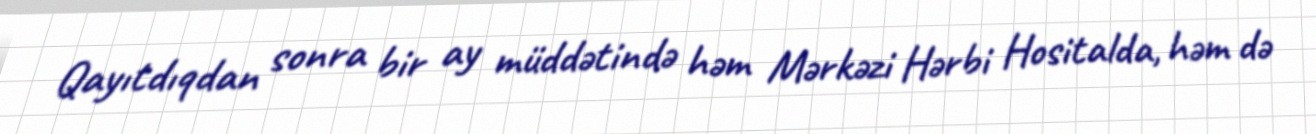
Qayıtdıqdan sonra bir ay müddətində həm Mərkəzi Hərbi Hositalda, həm də